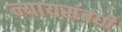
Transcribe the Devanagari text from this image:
न्यायसंबंधी